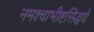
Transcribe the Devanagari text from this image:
नमश्चाभीष्टसिद्धये